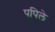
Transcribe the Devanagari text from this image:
पपिले